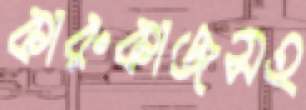
কারুকাজসহ